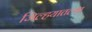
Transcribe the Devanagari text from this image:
जिल्हयातल्या